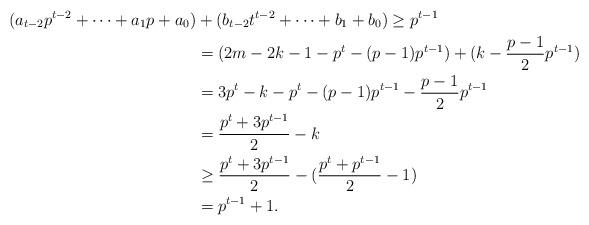
LaTeX: \begin{align*}(a_{t-2}p^{t-2}+\dots+a_1 p+a_0)&+(b_{t-2} t^{t-2}+\dots+b_1+b_0) \geq p^{t-1}\\&=(2m-2k-1-p^t-(p-1)p^{t-1})+(k-\frac{p-1}{2} p^{t-1})\\&=3 p^t-k-p^t-(p-1) p^{t-1}-\frac{p-1}{2} p^{t-1}\\&=\frac{p^t+3 p^{t-1}}{2}-k\\&\geq \frac{p^t+3 p^{t-1}}{2}-(\frac{p^t+p^{t-1}}{2}-1)\\&=p^{t-1}+1.\end{align*}